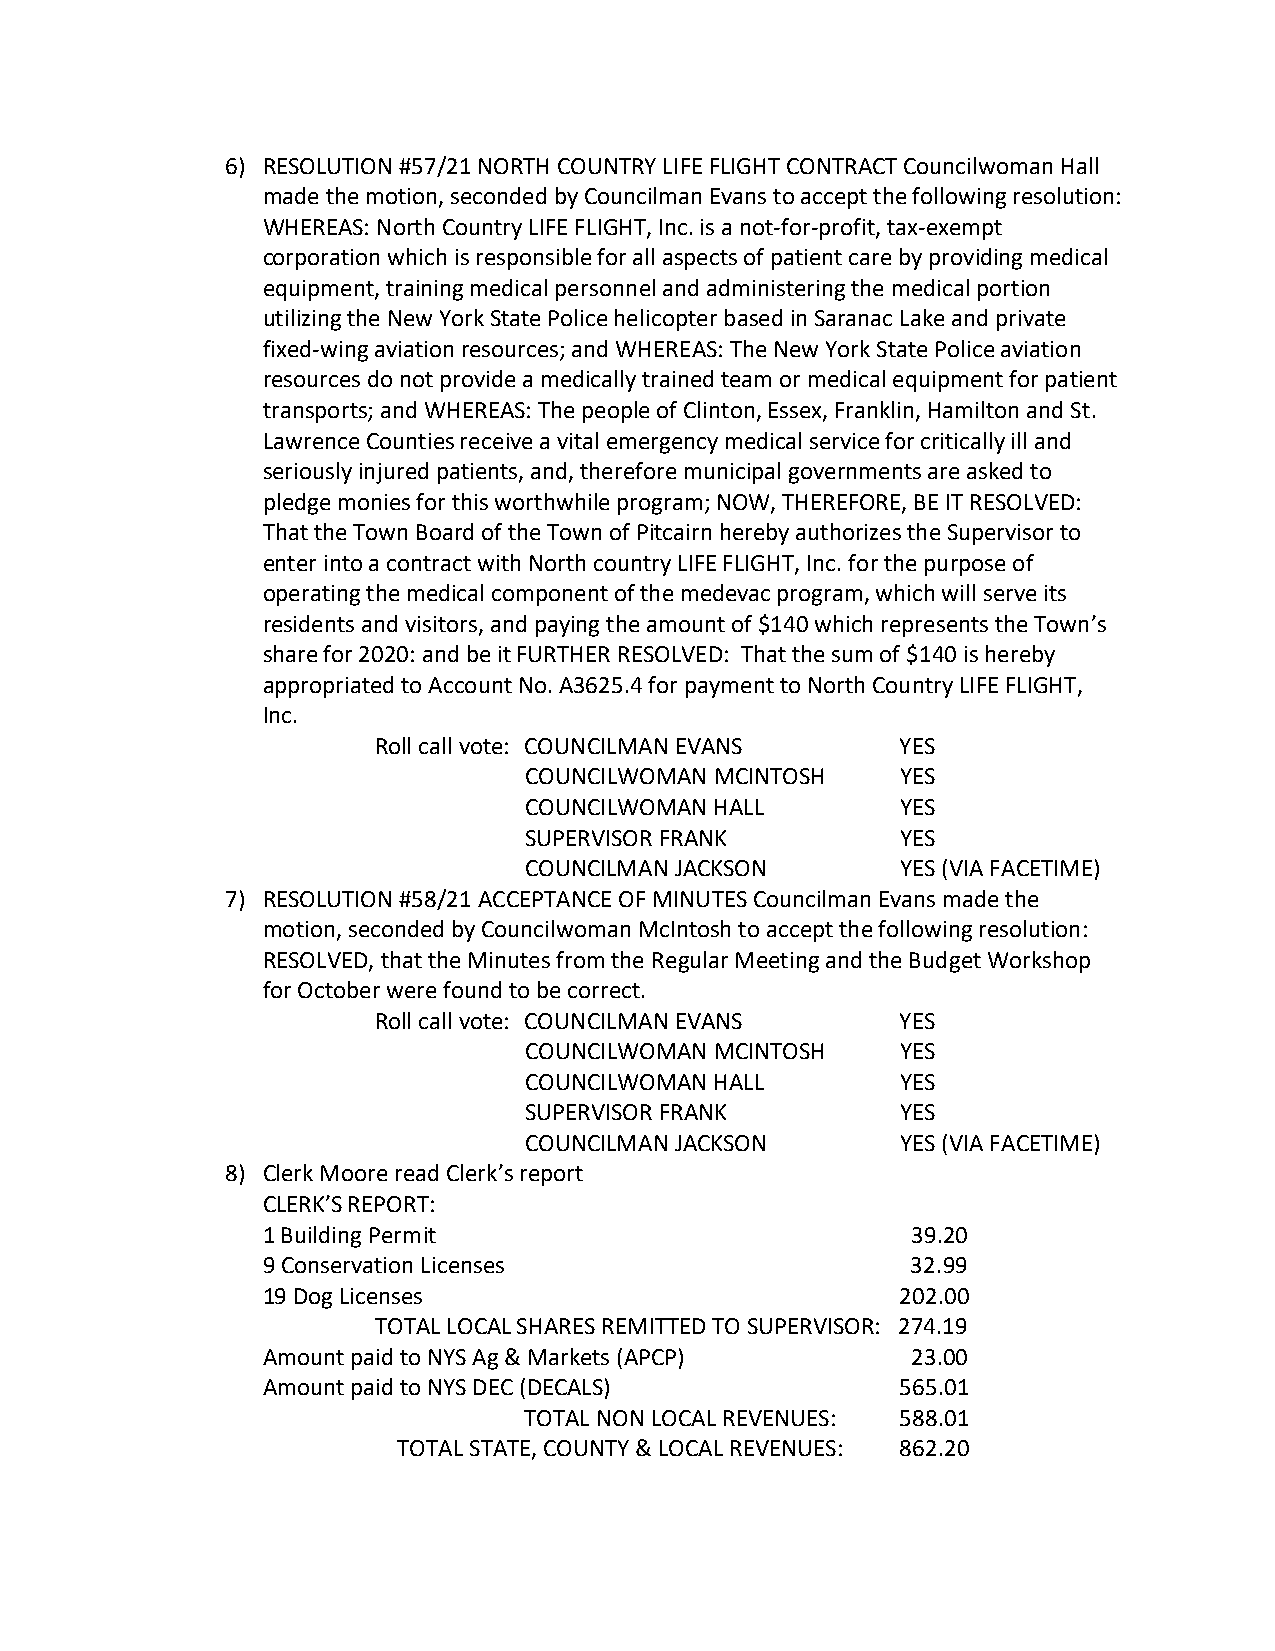
6) RESOLUTION #57/21 NORTH COUNTRY LIFE FLIGHT CONTRACT Councilwoman Hall
 made the motion, seconded by Councilman Evans to accept the following resolution:
 WHEREAS: North Country LIFE FLIGHT, Inc. is a not-for-profit, tax-exempt
 corporation which is responsible for all aspects of patient care by providing medical
 equipment, training medical personnel and administering the medical portion
 utilizing the New York State Police helicopter based in Saranac Lake and private
 fixed-wing aviation resources; and WHEREAS: The New York State Police aviation
 resources do not provide a medically trained team or medical equipment for patient
 transports; and WHEREAS: The people of Clinton, Essex, Franklin, Hamilton and St.
 Lawrence Counties receive a vital emergency medical service for critically ill and
 seriously injured patients, and, therefore municipal governments are asked to
 pledge monies for this worthwhile program; NOW, THEREFORE, BE IT RESOLVED:
 That the Town Board of the Town of Pitcairn hereby authorizes the Supervisor to
 enter into a contract with North country LIFE FLIGHT, Inc. for the purpose of
 operating the medical component of the medevac program, which will serve its
 residents and visitors, and paying the amount of $140 which represents the Town’s
 share for 2020: and be it FURTHER RESOLVED: That the sum of $140 is hereby
 appropriated to Account No. A3625.4 for payment to North Country LIFE FLIGHT,
 Inc.
 Roll call vote: COUNCILMAN EVANS   YES
 COUNCILWOMAN MCINTOSH    YES
 COUNCILWOMAN HALL        YES
 SUPERVISOR FRANK         YES
 COUNCILMAN JACKSON       YES (VIA FACETIME)
 7) RESOLUTION #58/21 ACCEPTANCE OF MINUTES Councilman Evans made the
 motion, seconded by Councilwoman McIntosh to accept the following resolution:
 RESOLVED, that the Minutes from the Regular Meeting and the Budget Workshop
 for October were found to be correct.
 Roll call vote: COUNCILMAN EVANS   YES
 COUNCILWOMAN MCINTOSH    YES
 COUNCILWOMAN HALL        YES
 SUPERVISOR FRANK         YES
 COUNCILMAN JACKSON       YES (VIA FACETIME)
 8) Clerk Moore read Clerk’s report
 CLERK’S REPORT:
 1 Building Permit                          39.20
 9 Conservation Licenses                    32.99
 19 Dog Licenses                            202.00
 TOTAL LOCAL SHARES REMITTED TO SUPERVISOR: 274.19
 Amount paid to NYS Ag & Markets (APCP)     23.00
 Amount paid to NYS DEC (DECALS)            565.01
 TOTAL NON LOCAL REVENUES: 588.01
 TOTAL STATE, COUNTY & LOCAL REVENUES: 862.20